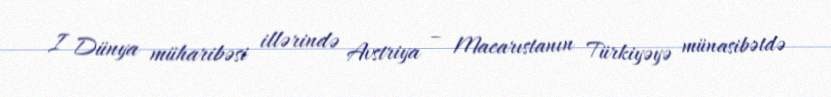
I Dünya müharibəsi illərində Avstriya – Macarıstanın Türkiyəyə münasibətdə